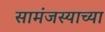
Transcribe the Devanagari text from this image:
सामंजस्याच्या